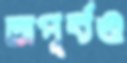
অপূর্বও